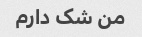
من شک دارم